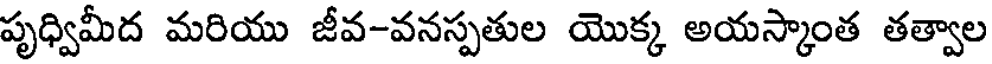
పృధ్విమీద మరియు జీవ-వనస్పతుల యొక్క అయస్కాంత తత్వాల